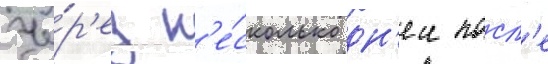
Че́р'ез н'е́сколько дн'еи посл'е